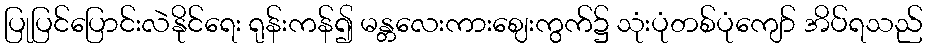
ပြုပြင်ပြောင်းလဲနိုင်ရေး ရုန်းကန်၍ မန္တလေးကားဈေးကွက်၌ သုံးပုံတစ်ပုံကျော် အိပ်ရသည်